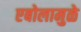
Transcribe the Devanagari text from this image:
एबोलामुळे